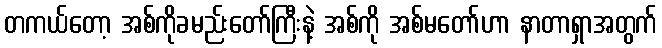
တကယ်တော့ အစ်ကိုခမည်းတော်ကြီးနဲ့ အစ်ကို အစ်မတော်ဟာ နာတာရှာအတွက်